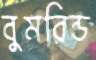
বুমরিন্ড